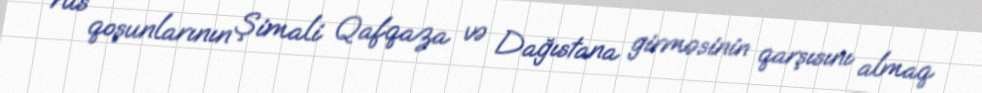
rus qoşunlarının Şimali Qafqaza və Dağıstana girməsinin qarşısını almaq